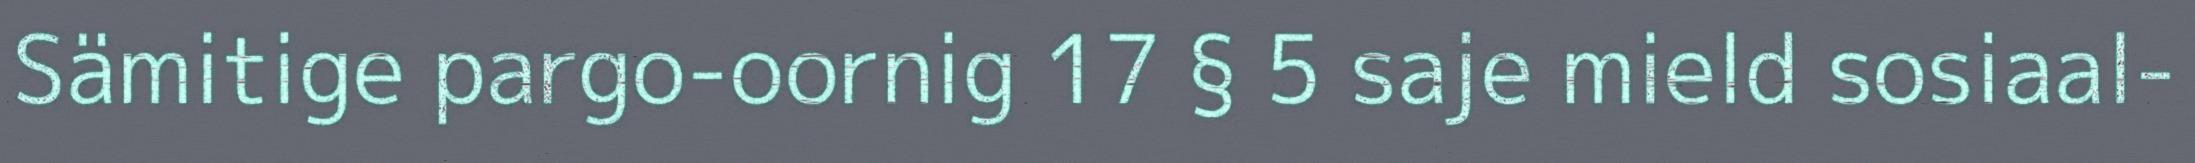
Sämitige pargo-oornig 17 § 5 saje mield sosiaal-